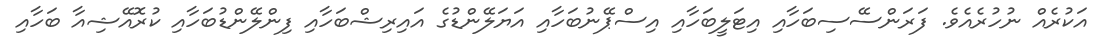
އަކުރެއް ނުހުރެއެވެ. ފަރަންސޭސިބަހާއި އިޓަލީބަހާއި އިސްޕޭނުބަހާއި އަޔަލޭންޑުގެ އައިރިޝްބަހާއި ފިންލޭންޑުބަހާއި ކުރޮއޭޝިއާ ބަހާއި